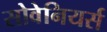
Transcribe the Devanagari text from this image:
सोवेनियर्स